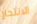
الانتحار